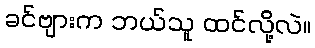
ခင်ဗျားက ဘယ်သူ ထင်လို့လဲ။